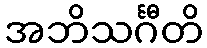
အဘိသင်္ဂီတိ